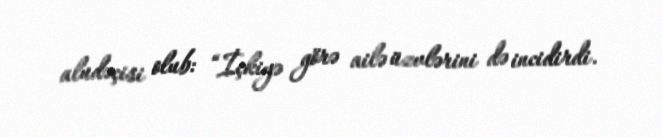
aludəçisi olub: “İçkiyə görə ailə üzvlərini də incidirdi.